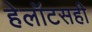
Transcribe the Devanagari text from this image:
हेलॉटसही